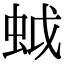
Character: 𧊎